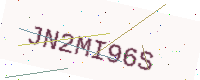
Text: JN2MI96S